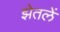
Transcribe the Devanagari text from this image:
झेतलें